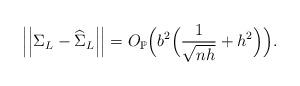
LaTeX: \begin{align*}\left| \left| \Sigma_L-\widehat{\Sigma}_L \right| \right| =O_{\mathbb{P}} \Big(b^2 \Big( \frac{1}{\sqrt{nh}}+h^2 \Big) \Big).\end{align*}